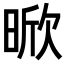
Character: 𭦡